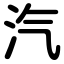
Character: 汽